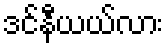
ဒင်နီယယ်လား